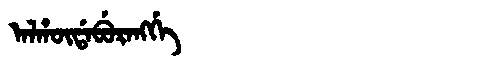
Manchu: ᠠᠯᡥᡡᡩᠠᠪᡠᡵᠠᠩᡤᡝ
Romanization: ALHŪDABURANGGE